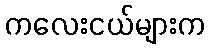
ကလေးငယ်များက